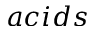
a c i d s